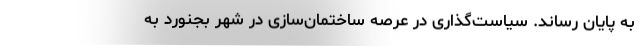
به پایان رساند. سیاست‌گذاری در عرصه ساختمان‌سازی در شهر بجنورد به